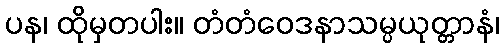
ပန၊ ထိုမှတပါး။ တံတံဝေဒနာသမ္ပယုတ္တာနံ၊